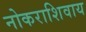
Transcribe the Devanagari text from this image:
नोकराशिवाय